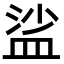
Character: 𥁲